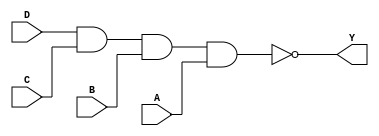
module sky130_fd_sc_hd__nand4 (
    Y,
    A,
    B,
    C,
    D
);

    // Module ports
    output Y;
    input  A;
    input  B;
    input  C;
    input  D;

    // Local signals
    wire nand0_out_Y;

    //   Name   Output       Other arguments
    nand nand0 (nand0_out_Y, D, C, B, A     );
    buf  buf0  (Y          , nand0_out_Y    );

endmodule